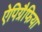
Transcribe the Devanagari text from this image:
ऐपिग्रैफिया